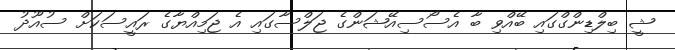
ޝީ ބިލްޑިންގްގައި ބޭއްވި ބާ އެސޯސިއޭޝަންގެ ޖަލްސާގައި އެ ޖަމިއްޔާގެ ރައީސަކަށް ސުއޫދު